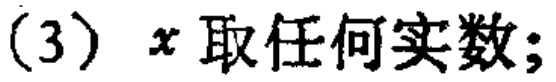
(3) \(x\) 取任何实数;